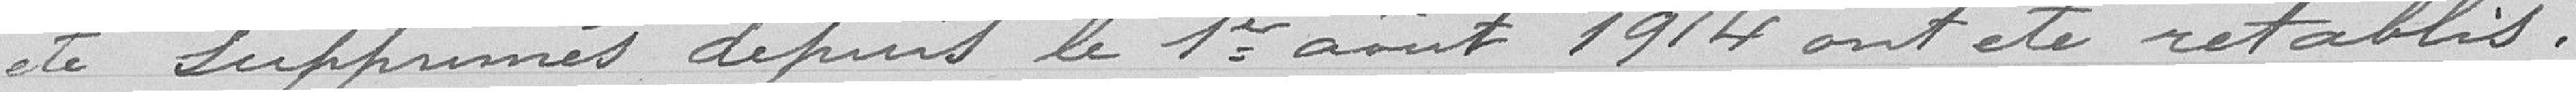
été supprimés depuis le 1er Août 1914 on été rétablis.